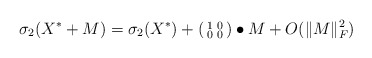
\begin{align*}\sigma_2(X^*+M)=\sigma_2(X^*)+\begin{psmallmatrix}1 & 0 \\0 & 0\end{psmallmatrix}\bullet M+O(\|M\|_F^2)\end{align*}